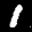
Label: 1